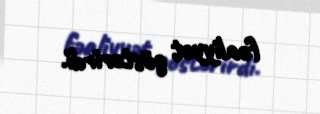
fəaliyyət göstərirdi.